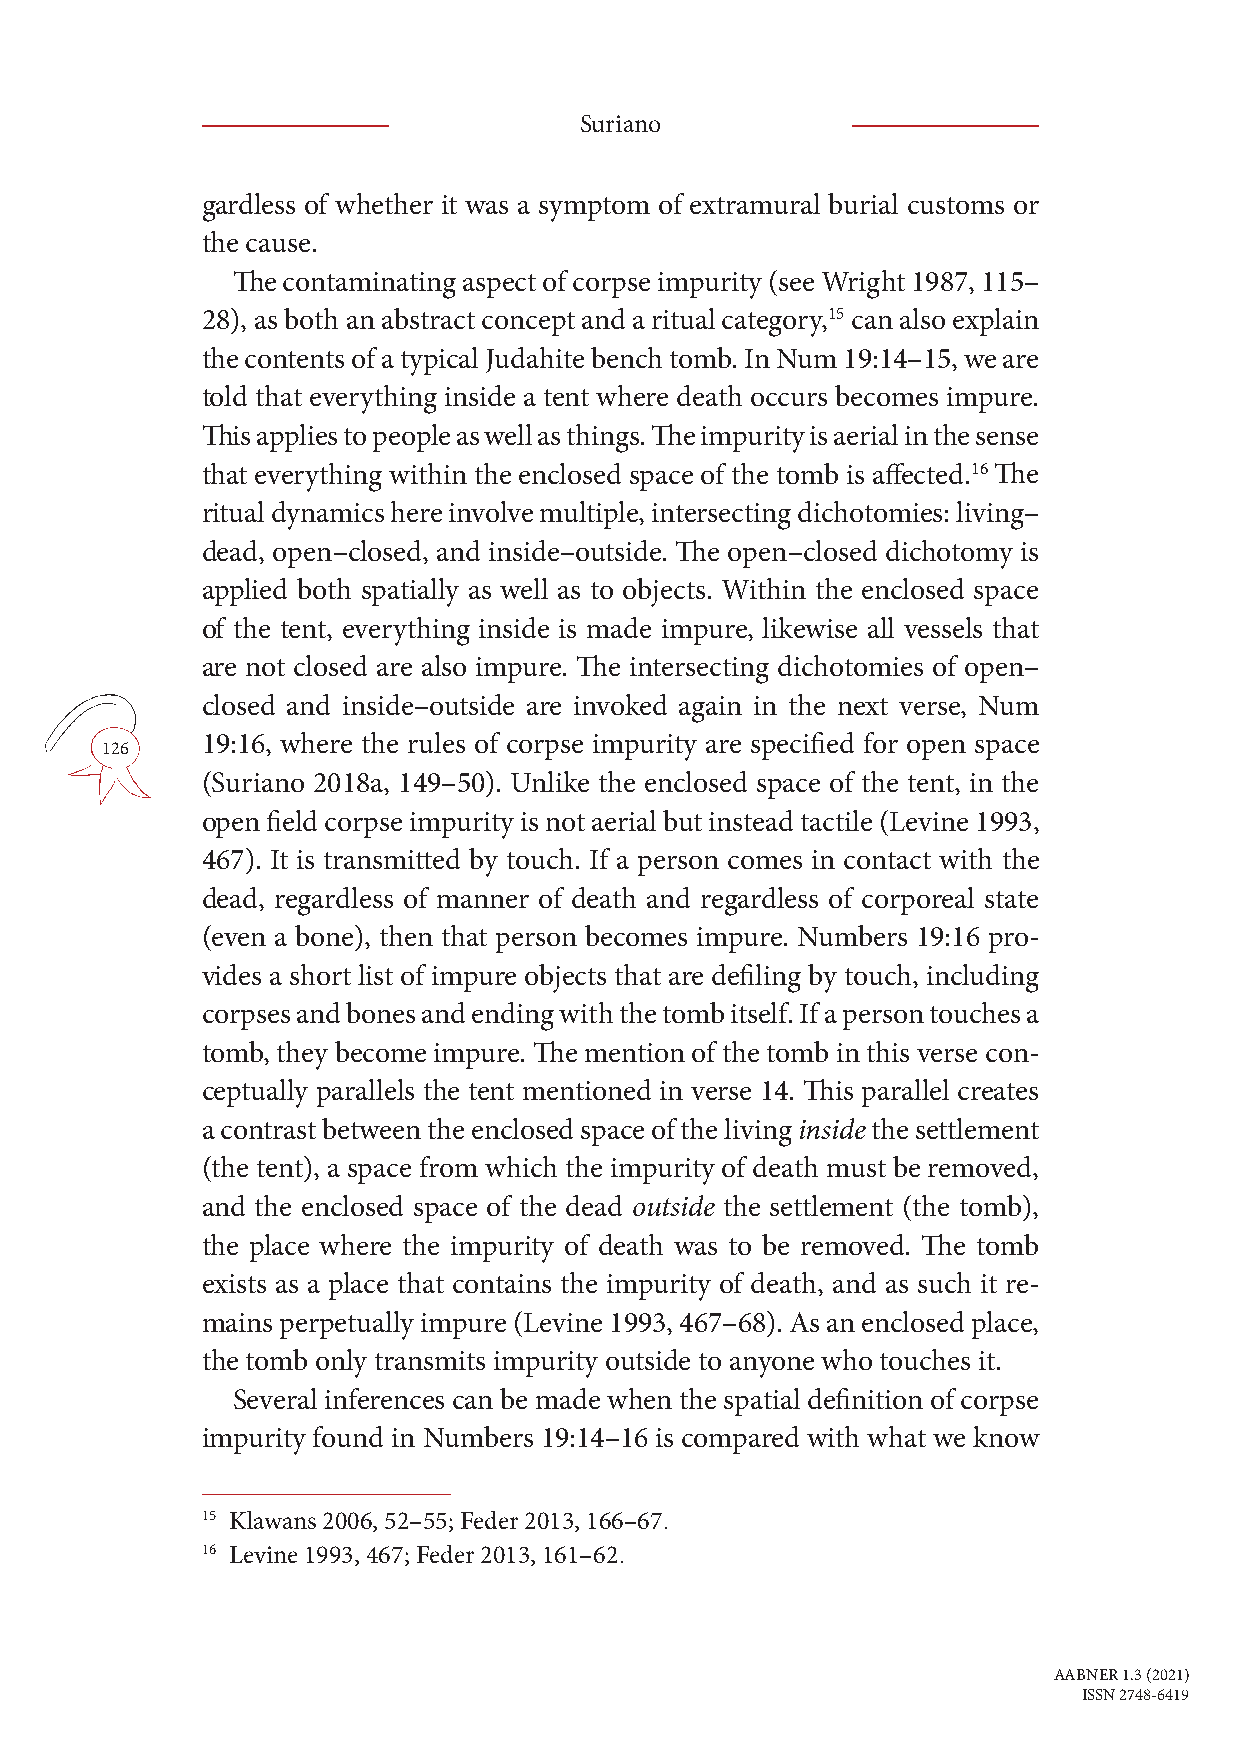
Suriano
 gardless of whether it was a symptom of extramural burial customs or
 the cause.
 The contaminating aspect of corpse impurity (see Wright 1987, 115–
 28), as both an abstract concept and a ritual category,15 can also explain
 the contents of a typical Judahite bench tomb. In Num 19:14–15, we are
 told that everything inside a tent where death occurs becomes impure.
 This applies to people as well as things. The impurity is aerial in the sense
 that everything within the enclosed space of the tomb is affected.16 The
 ritual dynamics here involve multiple, intersecting dichotomies: living–
 dead, open–closed, and inside–outside. The open–closed dichotomy is
 applied both spatially as well as to objects. Within the enclosed space
 of the tent, everything inside is made impure, likewise all vessels that
 are not closed are also impure. The intersecting dichotomies of open–
 closed and inside–outside are invoked again in the next verse, Num
 19:16, where the rules of corpse impurity are specified for open space
 126
 (Suriano 2018a, 149–50). Unlike the enclosed space of the tent, in the
 open field corpse impurity is not aerial but instead tactile (Levine 1993,
 467). It is transmitted by touch. If a person comes in contact with the
 dead, regardless of manner of death and regardless of corporeal state
 (even a bone), then that person becomes impure. Numbers 19:16 pro-
 vides a short list of impure objects that are defiling by touch, including
 corpses and bones and ending with the tomb itself. If a person touches a
 tomb, they become impure. The mention of the tomb in this verse con-
 ceptually parallels the tent mentioned in verse 14. This parallel creates
 a contrast between the enclosed space of the living inside the settlement
 (the tent), a space from which the impurity of death must be removed,
 and the enclosed space of the dead outside the settlement (the tomb),
 the place where the impurity of death was to be removed. The tomb
 exists as a place that contains the impurity of death, and as such it re-
 mains perpetually impure (Levine 1993, 467–68). As an enclosed place,
 the tomb only transmits impurity outside to anyone who touches it.
 Several inferences can be made when the spatial definition of corpse
 impurity found in Numbers 19:14–16 is compared with what we know
 15 Klawans 2006, 52–55; Feder 2013, 166–67.
 16 Levine 1993, 467; Feder 2013, 161–62.
 AABNER 1.3 (2021)
 ISSN 2748-6419